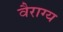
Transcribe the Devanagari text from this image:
वैराग्‍य